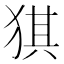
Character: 猉